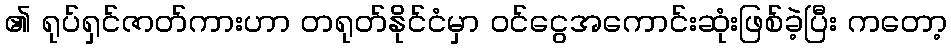
၏ ရုပ်ရှင်ဇာတ်ကားဟာ တရုတ်နိုင်ငံမှာ ဝင်ငွေအကောင်းဆုံးဖြစ်ခဲ့ပြီး ကတော့